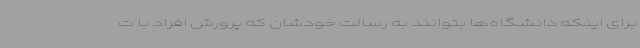
برای اینکه دانشگاه‌ها بتوانند به رسالت خودشان که پرورش افراد با ت